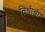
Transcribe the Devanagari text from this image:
तिथीची